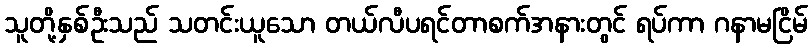
သူတို့နှစ်ဦးသည် သတင်းယူသော တယ်လီပရင်တာစက်အနားတွင် ရပ်ကာ ဂနာမငြိမ်